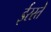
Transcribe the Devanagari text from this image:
ईरस्ते